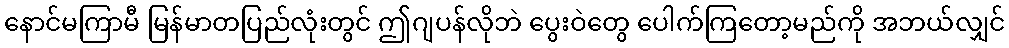
နောင်မကြာမီ မြန်မာတပြည်လုံးတွင် ဤဂျပန်လိုဘဲ ပွေးဝဲတွေ ပေါက်ကြတော့မည်ကို အဘယ်လျှင်